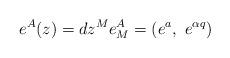
LaTeX: \begin{align*}e^A(z)=dz^Me_M^A=(e^a,~e^{\alpha q})\end{align*}